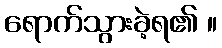
ရောက်သွားခဲ့ရ၏ ။